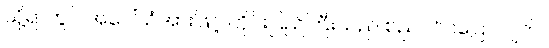
သို့ရာတွင် အပေါ်ယံအားဖြင့် တိုင်းပြည်ကြီးသည် စည်ပင်ဝပြောလျက်။